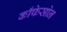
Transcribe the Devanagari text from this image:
काँफेसोन